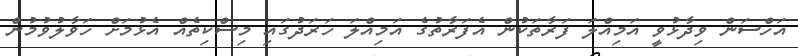
އަހްސަން ވިދާޅުވީ އަމިއްލަ ފަރާތަކުން އެފަރާތުގެ އަމިއްލަ ހަރަދުގައި މިސްކިތެއް އެޅުމަށް ހަވާލުވުމުން